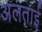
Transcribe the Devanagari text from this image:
अलताई